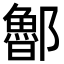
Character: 𨟇